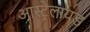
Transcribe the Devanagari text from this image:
आस्ट्रेलायड